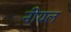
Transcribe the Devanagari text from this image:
नीयल